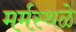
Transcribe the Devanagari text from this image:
मर्मस्थळे